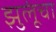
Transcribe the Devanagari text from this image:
झुलूंचा